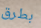
بطرق